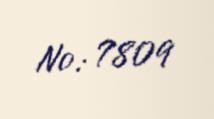
№: 7809